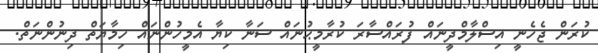
ކުރަން ޖެހެނީ އިސްލާމްދީނައް ފުރައްސާރަ ކުރާމީޙުނައް ސަނާ ކިޔާ އެމީހުންނައް ހިމާޔަތް ދިނުންނަތް.